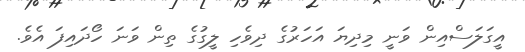
އީގަލަސްއިން ވަނީ މިދިޔަ އަހަރުގެ ދިވެހި ލީގުގެ ތިން ވަނަ ހޯދައިފަ އެވެ.